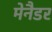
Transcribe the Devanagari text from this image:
मेनैडर